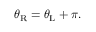
\begin{array} { r } { \theta _ { \mathrm { R } } = \theta _ { \mathrm { L } } + \pi . } \end{array}